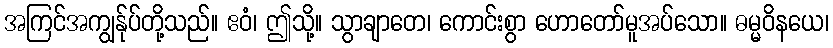
အကြင်အကျွန်ုပ်တို့သည်။ ဧဝံ၊ ဤသို့။ သွာချာတေ၊ ကောင်းစွာ ဟောတော်မူအပ်သော။ ဓမ္မဝိနယေ၊